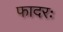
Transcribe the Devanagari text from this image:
फादरः